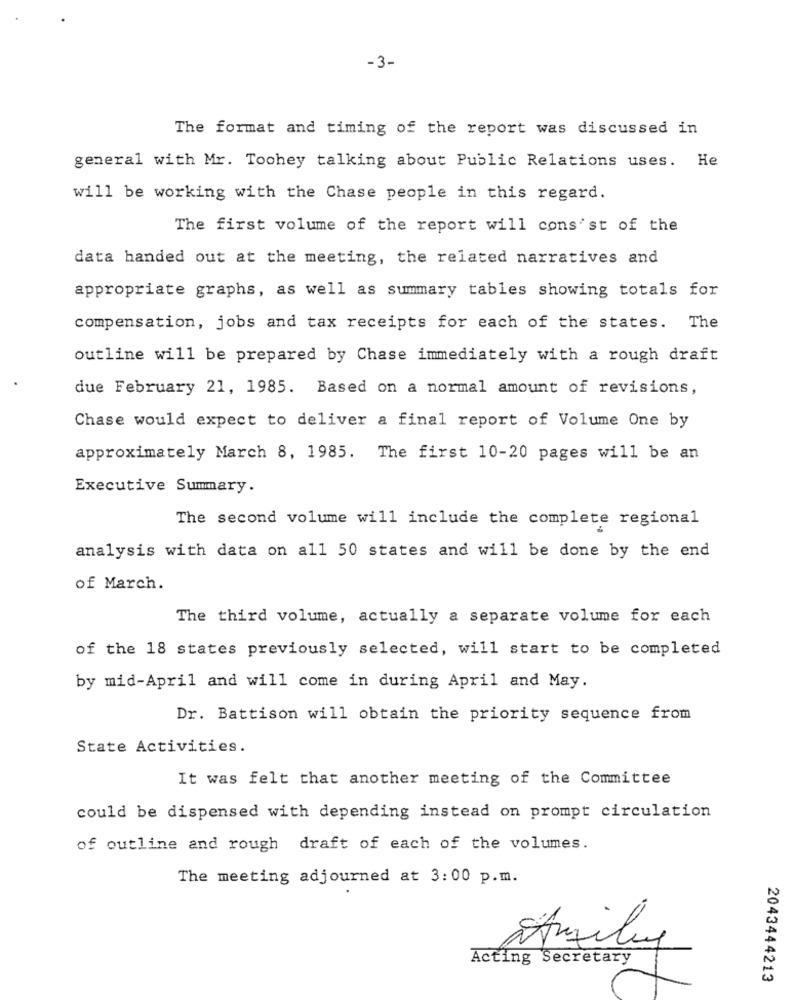
-3-
The format and timing of the report was discussed in
general with Mr. Toohey talking about Public Relations uses. He
will be working with the Chase people in this regard.
The first volume of the report will consist of the
data handed out at the meeting, the related narratives and
appropriate graphs, as well as summary tables showing totals for
compensation, jobs and tax receipts for each of the states. The
outline will be prepared by Chase immediately with a rough draft
due February 21, 1985. Based on a normal amount of revisions,
Chase would expect to deliver a final report of Volume One by
approximately March 8, 1985. The first 10-20 pages will be an
Executive Summary.
The second volume will include the complete regional
analysis with data on all 50 states and will be done by the end
of March.
The third volume, actually a separate volume for each
of the 18 states previously selected, will start to be completed
by mid-April and will come in during April and May.
Dr. Battison will obtain the priority sequence from
State Activities.
It was felt that another meeting of the Committee
could be dispensed with depending instead on prompt circulation
of outline and rough draft of each of the volumes.
The meeting adjourned at 3:00 p.m.
Acting Secretary
2043444213